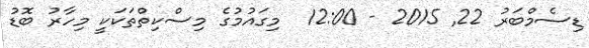
ޑިސެމްބަރު 22